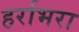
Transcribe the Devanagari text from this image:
हर्राभरा